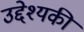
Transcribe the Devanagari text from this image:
उद्देश्यकी